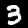
Label: 3